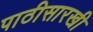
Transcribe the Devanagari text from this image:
पाठीसारखी